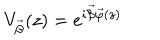
LaTeX: V _ { \vec { \beta } } ( z ) = e ^ { i \vec { \beta } \vec { \varphi } ( z ) }